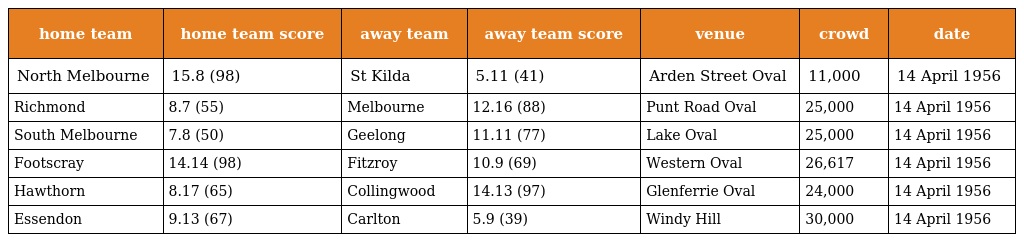
| home team | home team score | away team | away team score | venue | crowd | date |
 | --- | --- | --- | --- | --- | --- | --- |
 | North Melbourne | 15.8 (98) | St Kilda | 5.11 (41) | Arden Street Oval | 11,000 | 14 April 1956 |
 | Richmond | 8.7 (55) | Melbourne | 12.16 (88) | Punt Road Oval | 25,000 | 14 April 1956 |
 | South Melbourne | 7.8 (50) | Geelong | 11.11 (77) | Lake Oval | 25,000 | 14 April 1956 |
 | Footscray | 14.14 (98) | Fitzroy | 10.9 (69) | Western Oval | 26,617 | 14 April 1956 |
 | Hawthorn | 8.17 (65) | Collingwood | 14.13 (97) | Glenferrie Oval | 24,000 | 14 April 1956 |
 | Essendon | 9.13 (67) | Carlton | 5.9 (39) | Windy Hill | 30,000 | 14 April 1956 |